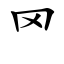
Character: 罓